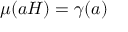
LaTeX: \mu ( a H ) = \gamma ( a )